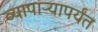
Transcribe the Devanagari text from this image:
व्यापाऱ्यापर्यंत